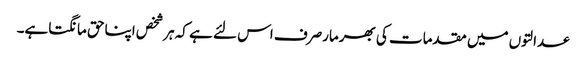
عدالتوں میں مقدمات کی بھرمارصرف اس لئے ہے کہ ہرشخص اپناحق مانگتاہے۔